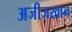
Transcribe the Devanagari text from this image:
अजीजखान